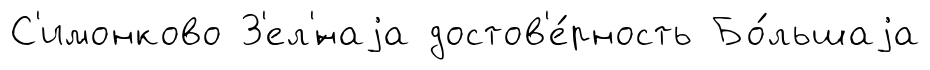
С'имонково З'ел'́наjа достов'е́рность Бо́льшаjа